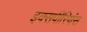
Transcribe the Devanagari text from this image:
इक्सपीरियंस